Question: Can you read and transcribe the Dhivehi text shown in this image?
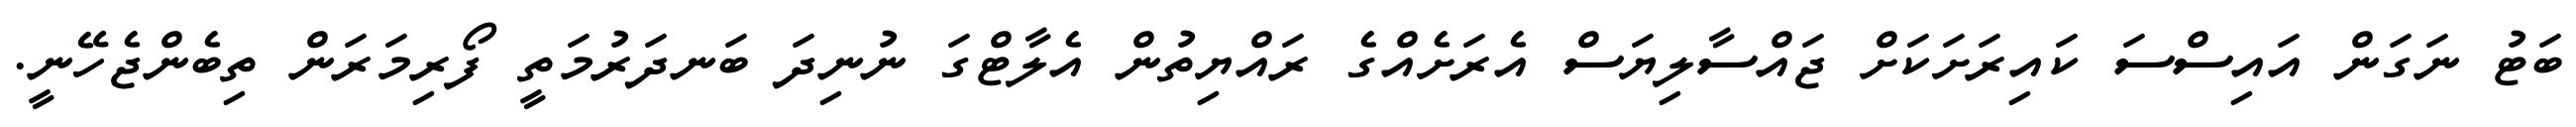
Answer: ބަޓު ނަގަން އައިސްސަ ކައިރަށަކަށް ޖައްސާލިޔަސް އެރަށެއްގެ ރައްޔިތުން އެލާޓްގަ ނުނިދަ ބަނދަރުމަތީ ފޯރިމަރަން ތިބެންޖެހޭނީ.